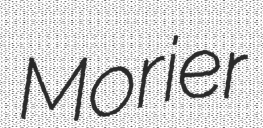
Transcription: Morier